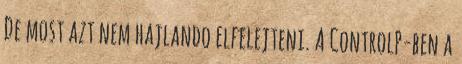
De most azt nem hajlando elfelejteni. A ControlP-ben a